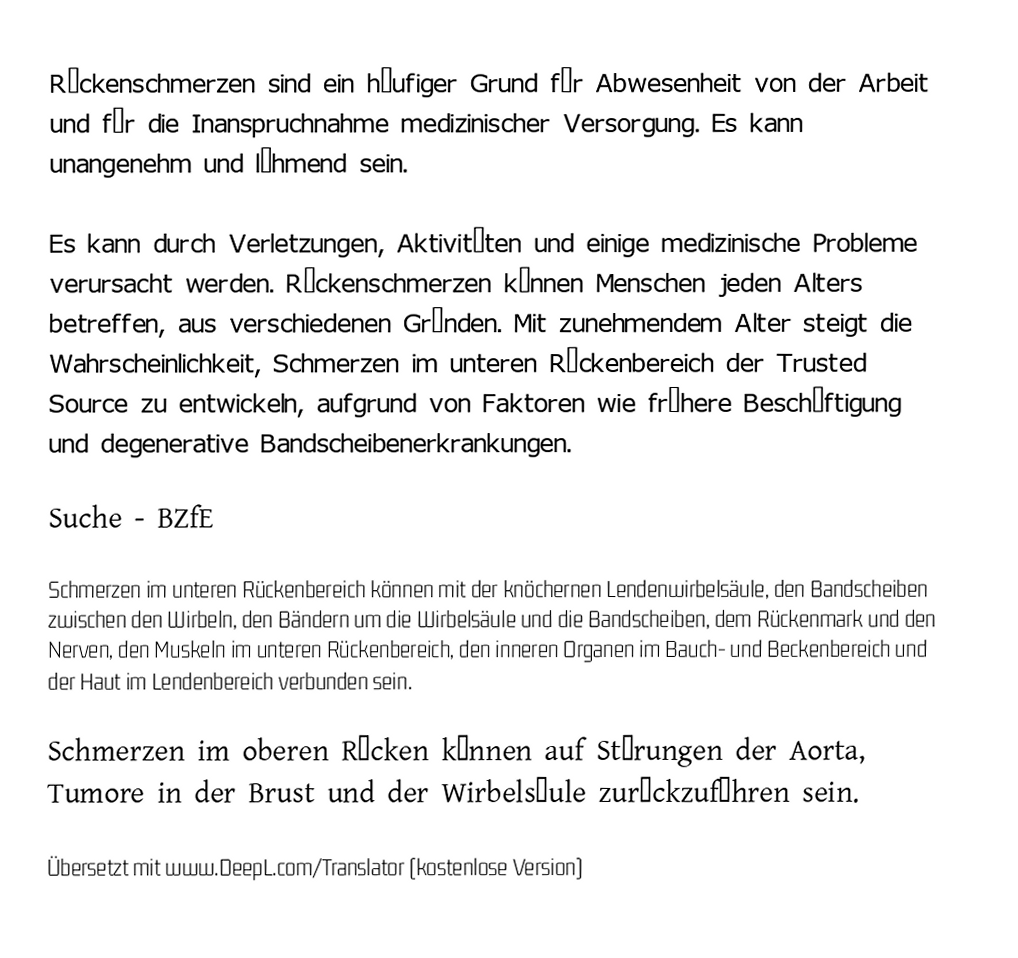
Rückenschmerzen sind ein häufiger Grund für Abwesenheit von der Arbeit und für die Inanspruchnahme medizinischer Versorgung. Es kann unangenehm und lähmend sein.

Es kann durch Verletzungen, Aktivitäten und einige medizinische Probleme verursacht werden. Rückenschmerzen können Menschen jeden Alters betreffen, aus verschiedenen Gründen. Mit zunehmendem Alter steigt die Wahrscheinlichkeit, Schmerzen im unteren Rückenbereich der Trusted Source zu entwickeln, aufgrund von Faktoren wie frühere Beschäftigung und degenerative Bandscheibenerkrankungen.

Suche - BZfE

Schmerzen im unteren Rückenbereich können mit der knöchernen Lendenwirbelsäule, den Bandscheiben zwischen den Wirbeln, den Bändern um die Wirbelsäule und die Bandscheiben, dem Rückenmark und den Nerven, den Muskeln im unteren Rückenbereich, den inneren Organen im Bauch- und Beckenbereich und der Haut im Lendenbereich verbunden sein.

Schmerzen im oberen Rücken können auf Störungen der Aorta, Tumore in der Brust und der Wirbelsäule zurückzuführen sein.

Übersetzt mit www.DeepL.com/Translator (kostenlose Version)